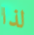
لذا